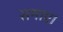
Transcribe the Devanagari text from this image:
समाए।